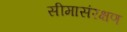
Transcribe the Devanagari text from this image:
सीमासंरक्षण